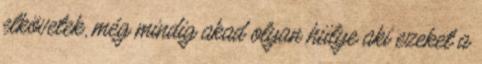
elkövetek, még mindig akad olyan hülye aki ezeket a